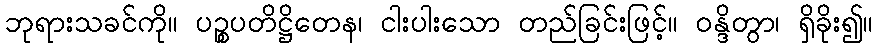
ဘုရားသခင်ကို။ ပဉ္စပတိဋ္ဌိတေန၊ ငါးပါးသော တည်ခြင်းဖြင့်။ ဝန္ဒိတွာ၊ ရှိခိုး၍။